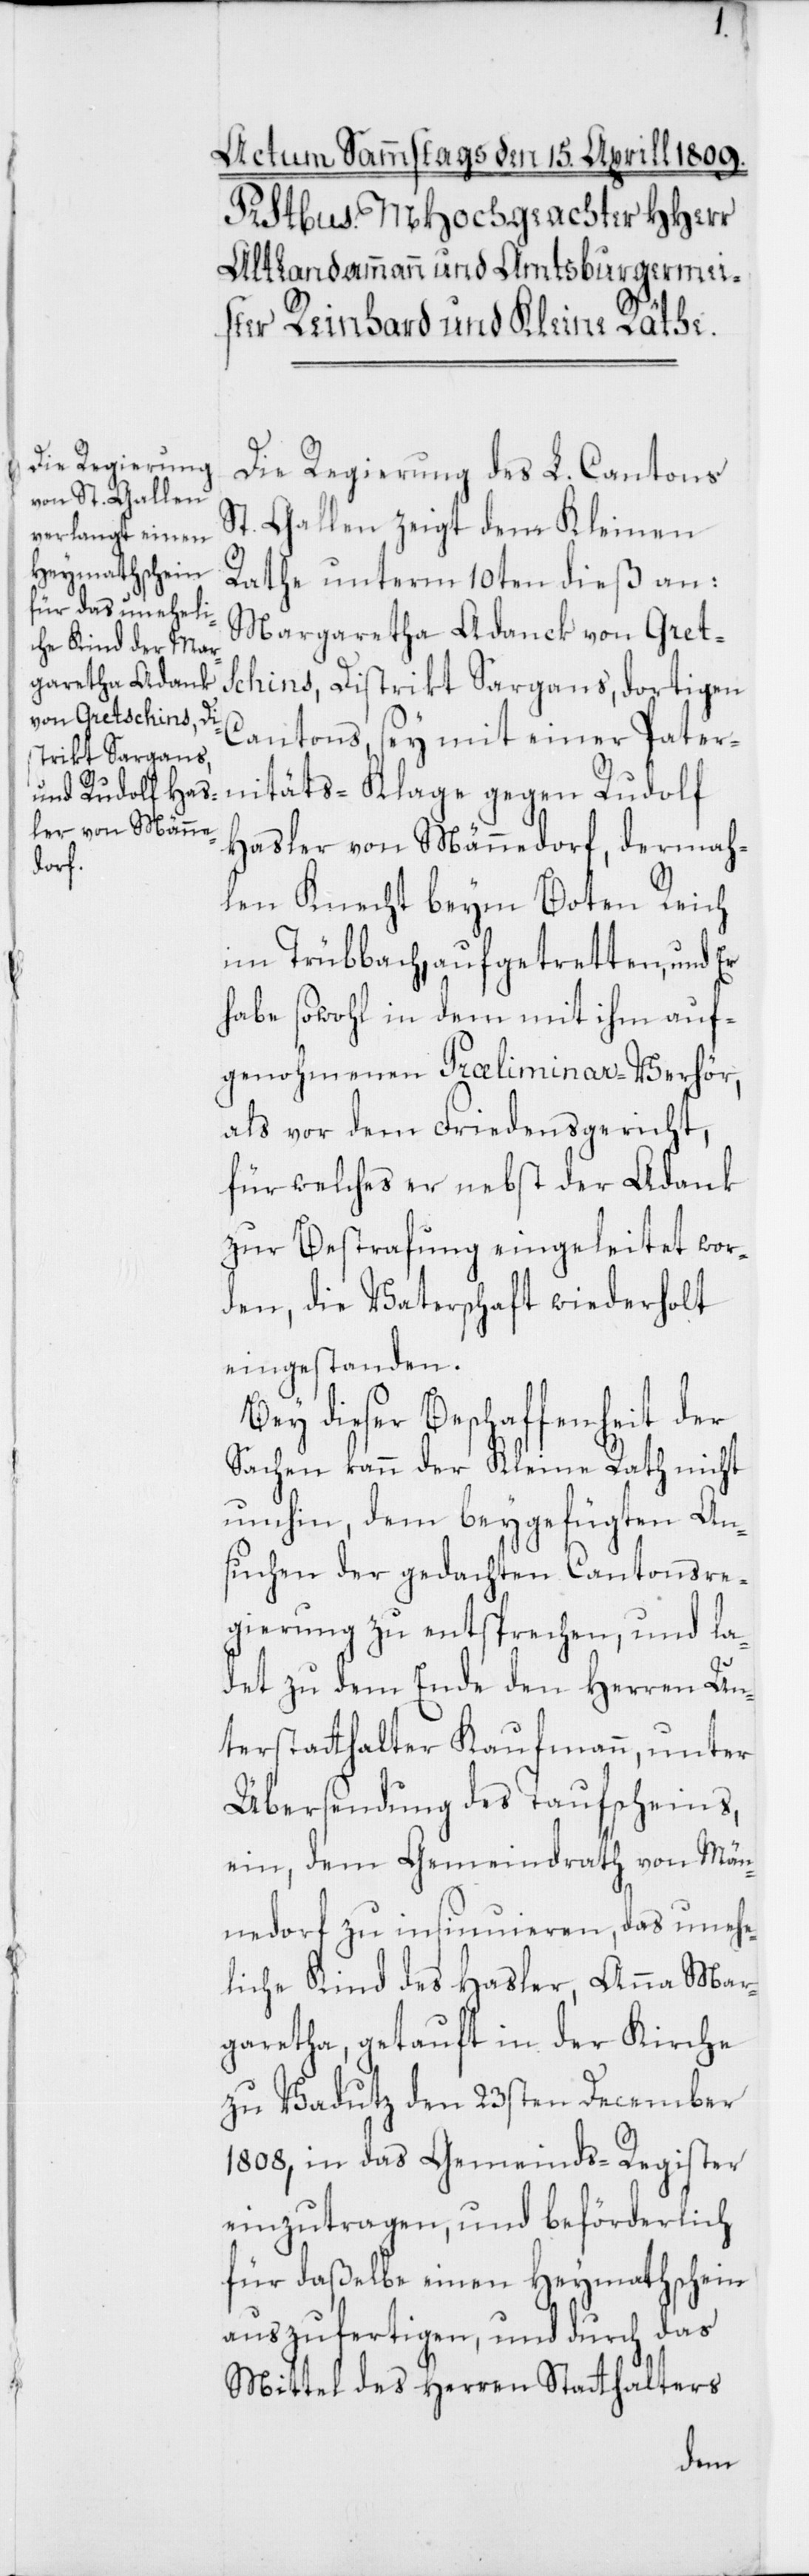
garetha Adanck
von Gretschins, Di¬
strikt Sargans

Die Regierung des L. Cantons
St. Gallen zeigt dem Kleinen
Rathe unterm 10ten dieß an:
Cantons, sey mit einer Pater¬
nitäts-Klage gegen Rudolf
Hasler von Männedorf, dermah¬
len Knecht beym Boten Reich
im Trübbach, aufgetretten, und Er
habe sowohl in dem mit ihm auf¬
genohmenen Praeliminar-Verhör,
als vor dem Friedensgericht,
für welches er nebst der Adank
zur Bestrafung eingeleitet wor¬
den, die Vaterschaft wiederholt
eingestanden.
Bey dieser Beschaffenheit der
Sachen kann der Kleine Rath nicht
umhin, dem beygefügten An¬
suchen der gedachten Cantonsre¬
gierung zu entsprechen, und la¬
det zu dem Ende den Herren Un¬
terstatthalter Kaufmann, unter
Übersendung des Taufscheins,
ein, dem Gemeindrath von Män¬
nedorf zu insinuieren, das unehe¬
liche Kind des Hasler, Anna Mar¬
garetha, getauft in der Kirche
zu Vadutz den 23sten December
1808, in das Gemeinds-Register
einzutragen, und beförderlich
für daßelbe einen Heymathschein
auszufertigen, und durch das
Mittel des Herren Stathalters
Mar¬